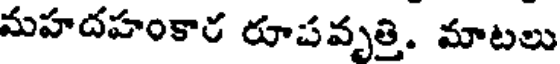
మహదహంకార రూపవృత్రి. మాటలు